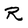
Character: R